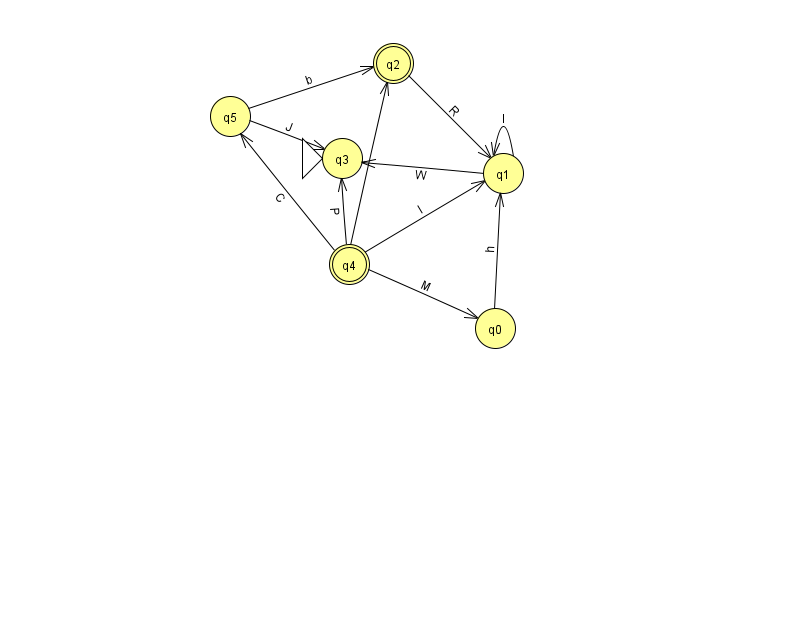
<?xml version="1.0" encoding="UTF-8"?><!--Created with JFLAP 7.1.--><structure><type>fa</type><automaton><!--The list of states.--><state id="0" name="q0"><x>495.0</x><y>315.0</y></state><state id="1" name="q1"><x>503.0</x><y>160.0</y></state><state id="2" name="q2"><x>393.0</x><y>50.0</y><final/></state><state id="3" name="q3"><x>342.0</x><y>145.0</y><initial/></state><state id="4" name="q4"><x>349.0</x><y>251.0</y><final/></state><state id="5" name="q5"><x>230.0</x><y>103.0</y></state><!--The list of transitions.--><transition><from>1</from><to>3</to><read>W</read></transition><transition><from>4</from><to>1</to><read>l</read></transition><transition><from>5</from><to>2</to><read>b</read></transition><transition><from>2</from><to>1</to><read>R</read></transition><transition><from>4</from><to>0</to><read>M</read></transition><transition><from>4</from><to>3</to><read>P</read></transition><transition><from>0</from><to>1</to><read>h</read></transition><transition><from>1</from><to>1</to><read>l</read></transition><transition><from>5</from><to>3</to><read>J</read></transition><transition><from>4</from><to>2</to><read>t</read></transition><transition><from>4</from><to>5</to><read>C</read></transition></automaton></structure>